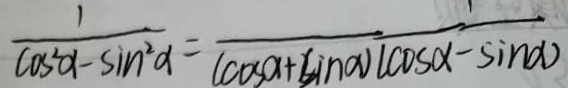
\frac { 1 } { \cos ^ { 2 } \alpha - \sin ^ { 2 } \alpha } = \frac { 1 } { ( \cos \alpha + \sin \alpha ) ( \cos \alpha - \sin \alpha ) }